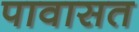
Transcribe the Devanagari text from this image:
पावासत